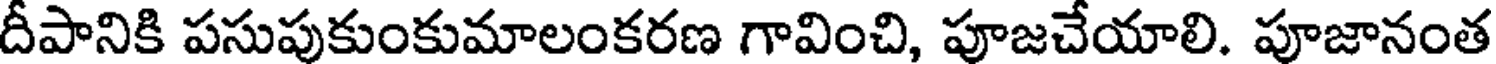
దీపానికి పసుపుకుంకుమాలంకరణ గావించి, పూజచేయాలి. పూజానంత